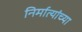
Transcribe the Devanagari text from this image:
निर्मात्यांच्या